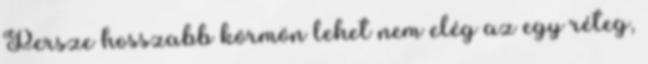
Persze hosszabb körmön lehet nem elég az egy réteg,